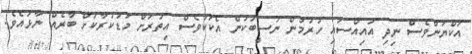
އަކްޔަންވެސް ނިދި އައިއްސައި ހުރުމުން ނަސީބަކުން އެކަކުވެސް އިތުރަށް މަޑުކުރާކަށް ބާރެއް ނާޅައެވެ.